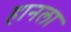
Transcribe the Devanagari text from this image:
हानला